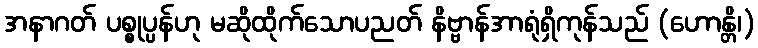
အနာဂတ် ပစ္စုပ္ပန်ဟု မဆိုထိုက်သောပညတ် နိဗ္ဗာန်အာရုံရှိကုန်သည် (ဟောန္တိ၊)